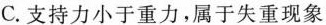
C.支持力小于重力，属于失重现象